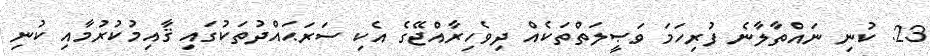
23. ކުނި ނައްތާލާނެ ފުރިހަމަ ވަޞީލަތްތަކެއް ދިވެހިރާއްޖޭގެ އެކި ސަރަޙައްދުތަކުގައި ޤާއިމުކުރުމާއި ކުނި